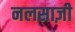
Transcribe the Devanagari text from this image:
नलसाज़ी